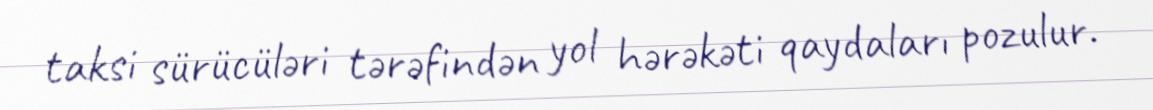
taksi sürücüləri tərəfindən yol hərəkəti qaydaları pozulur.